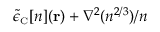
\tilde { \epsilon } _ { \scriptscriptstyle \mathrm { C } } [ n ] ( { \bf r } ) + \nabla ^ { 2 } ( n ^ { 2 / 3 } ) / n